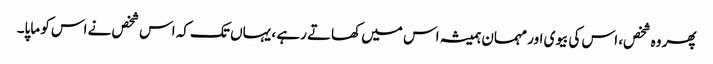
پھر وہ شخص، اس کی بیوی اور مہمان ہمیشہ اس میں کھاتے رہے ، یہاں تک کہ اس شخص نے اس کو ماپا۔